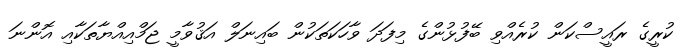
ކުރީގެ ރައީސްކަން ކުރެއްވި ބޭފުޅުންގެ މިފަދަ ވާހަކަތަކުން ބައިނަލް އަޤުވާމީ ޖަމްއިއްޔާތަކާއި އޮންނަ